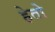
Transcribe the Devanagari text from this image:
हेतो